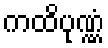
ကထိပုဏ္ဏံ